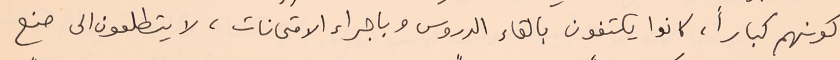
كونهم كباراً، كانوا يكتفون بالقاء الدروس وباجراء الامتحانات، لا يتطلعون الى صنع